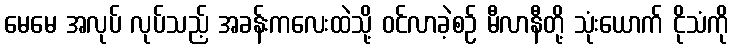
မေမေ အလုပ် လုပ်သည့် အခန်းကလေးထဲသို့ ဝင်လာခဲ့စဉ် မီလာနီတို့ သုံးယောက် ငိုသံကို